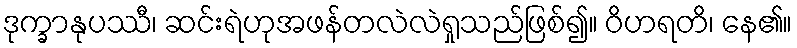
ဒုက္ခာနုပဿီ၊ ဆင်းရဲဟုအဖန်တလဲလဲရှုသည်ဖြစ်၍။ ဝိဟရတိ၊ နေ၏။